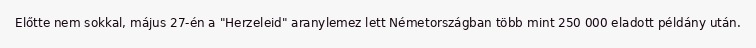
Előtte nem sokkal, május 27-én a "Herzeleid" aranylemez lett Németországban több mint 250 000 eladott példány után.